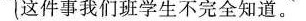
这件事我们班学生不完全知道。